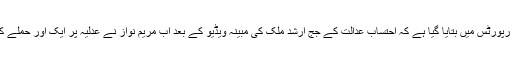
جب کہ دوسری جانب میڈیا رپورٹس میں بتایا گیا ہے کہ احتساب عدالت کے جج ارشد ملک کی مبینہ ویڈیو کے بعد اب مریم نواز نے عدلیہ پر ایک اور حملے کی منصوبہ بندی کر لی ہے۔